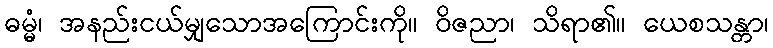
ဓမ္မံ၊ အနည်းငယ်မျှသောအကြောင်းကို။ ဝိဇညာ၊ သိရာ၏။ ယေစသန္တာ၊